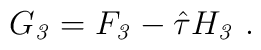
G_{\it 3} = F_{\it 3} - \hat\tau H_{\it 3}\ .